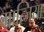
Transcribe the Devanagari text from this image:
ग्रात्जिया